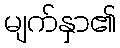
မျက်နှာ၏